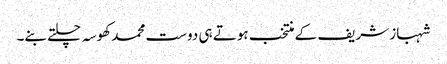
شہباز شریف کے منتخب ہوتے ہی دوست محمد کھوسہ چلتے بنے۔